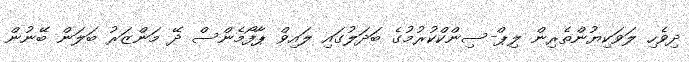
ދިވެހި ލަވަކިޔުންތެރިން ލިޕް-ސިންކްކުރުމުގެ ބަދަލުގައި ލައިވް ޕާފޯމެންސް ދޭ މަންޒަރު ބަލަން ބޭނުން